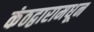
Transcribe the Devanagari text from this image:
कंठद्वारामधून